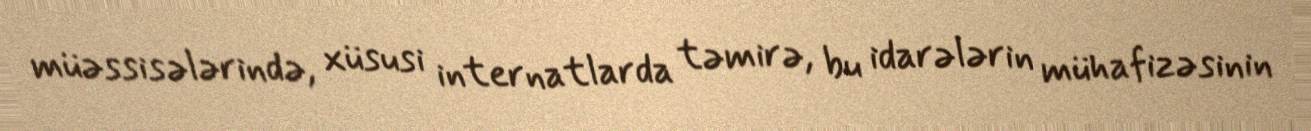
müəssisələrində, xüsusi internatlarda təmirə, bu idarələrin mühafizəsinin